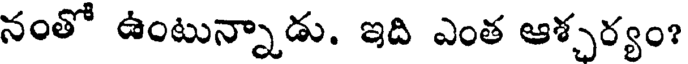
నంతో ఉంటున్నాడు. ఇది ఎంత ఆశ్చర్యం?